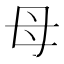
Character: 母